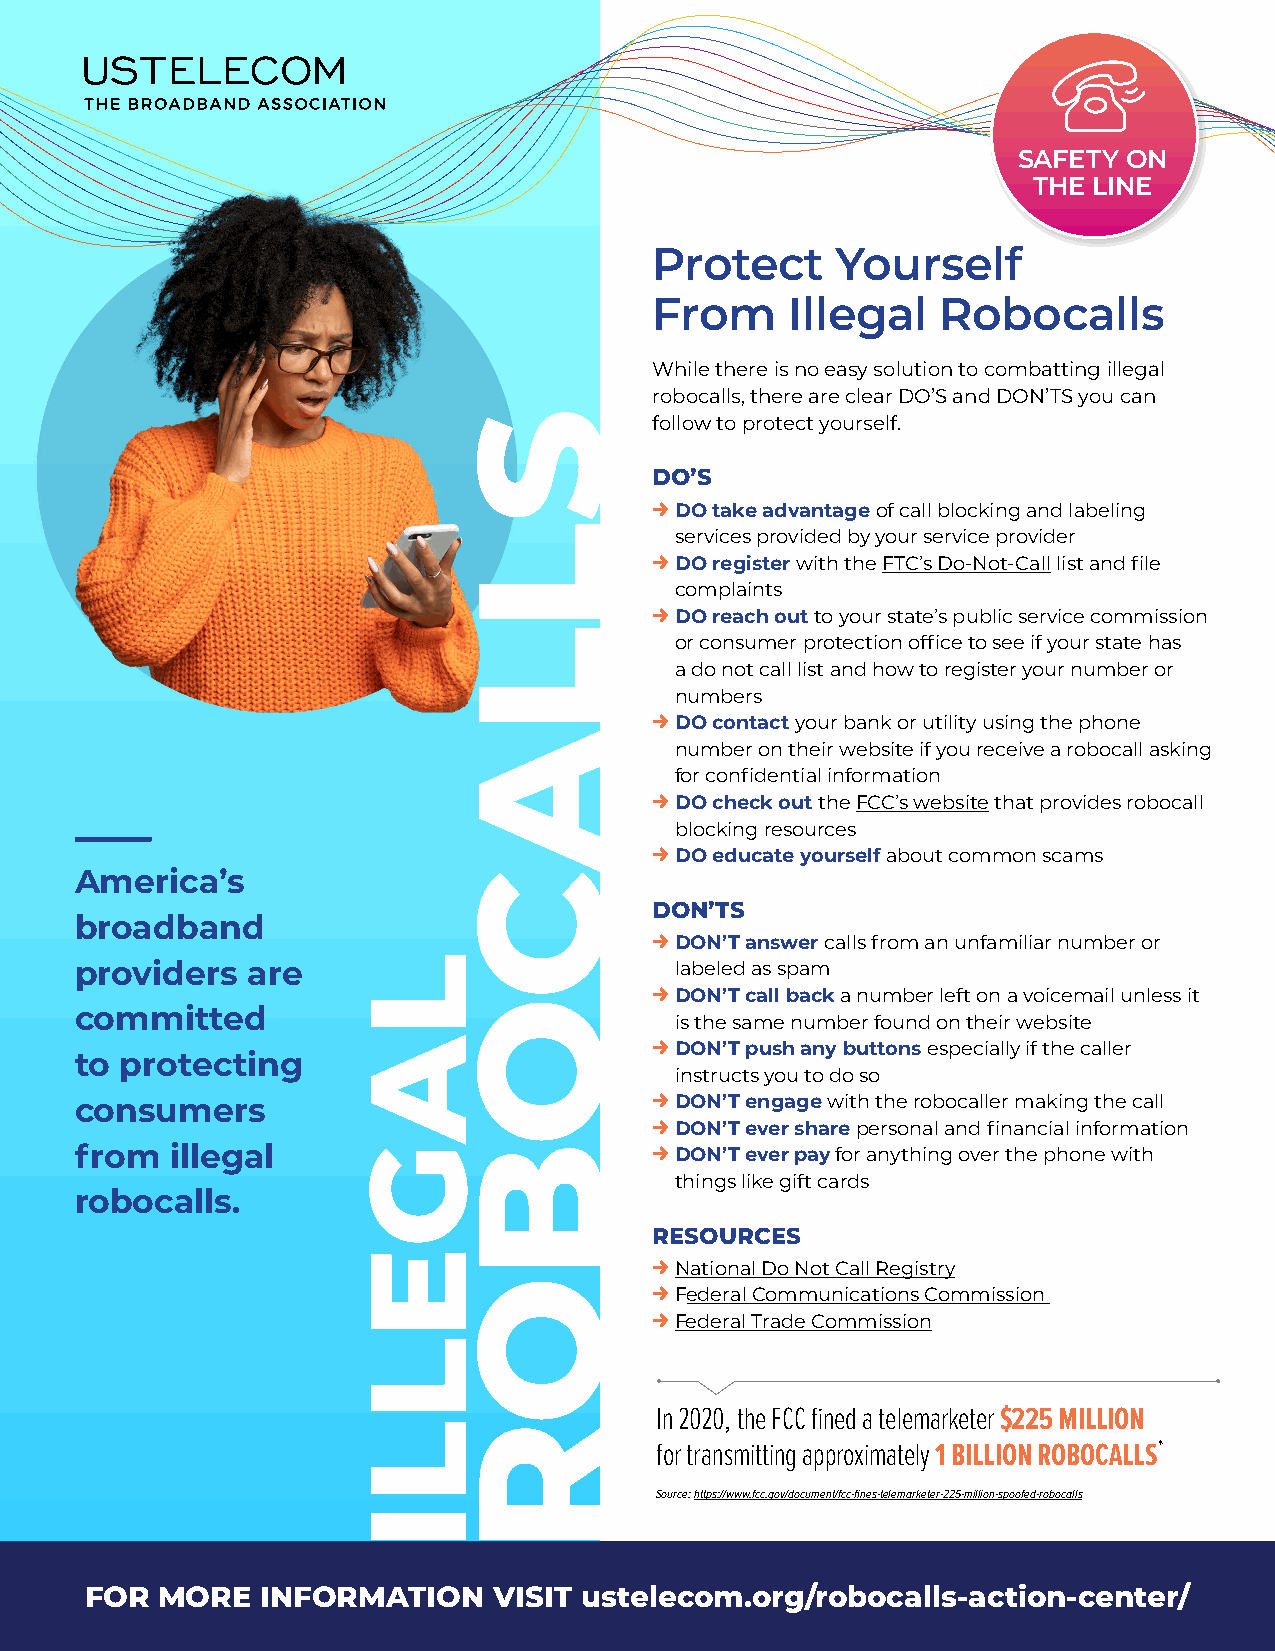
SAFETY  ON
 THE LINE
 Protect     Yourself
 From     Illegal   Robocalls
 While there is no easy solution to combatting illegal
 robocalls, there are clear DO’S and DON’TS you can
 follow to protect yourself.
 DO’S
 V
 DO take advantage of call blocking and labeling
 services provided by your service provider
 V
 DO register with the FTC’s Do-Not-Call list and file
 complaints
 V
 DO reach out to your state’s public service commission
 or consumer protection office to see if your state has
 a do not call list and how to register your number or
 numbers
 V
 DO contact your bank or utility using the phone
 number on their website if you receive a robocall asking
 for confidential information
 V
 DO check out the FCC’s website that provides robocall
 blocking resources
 V
 DO educate yourself about common scams
 America’s
 DON’TS
 broadband
 V
 DON’T answer calls from an unfamiliar number or
 providers  are                          labeled as spam
 V
 DON’T call back a number left on a voicemail unless it
 committed
 is the same number found on their website
 V
 DON’T push any buttons especially if the caller
 to protecting
 instructs you to do so
 V
 consumers                               DON’T engage with the robocaller making the call
 V
 DON’T ever share personal and financial information
 from  illegal                         V DON’T ever pay for anything over the phone with
 things like gift cards
 robocalls.
 RESOURCES
 V
 National Do Not Call Registry
 V
 Federal Communications Commission
 V
 Federal Trade Commission
 In 2020, the FCC fined a telemarketer $225 MILLION
 for transmitting approximately 1 BILLION ROBOCALLS*
 Source: https://www.fcc.gov/document/fcc-fines-telemarketer-225-million-spoofed-robocalls
 FOR MORE   INFORMATION     VISIT ustelecom.org/robocalls-action-center/
 LAGELLI
 SLLACOBOR